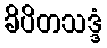
ခိပိတသဒ္ဒံ